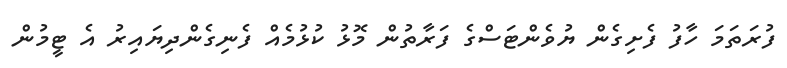
ފުރަތަމަ ހާފު ފެށިގެން ޔުވެންޓަސްގެ ފަރާތުން މޮޅު ކުޅުމެއް ފެނިގެންދިޔައިރު އެ ޓީމުން